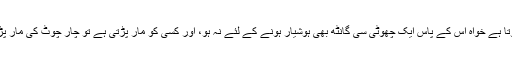
آدمی ہوشیار ہوتا ہے تو چاروں گانٹھ ہوشیار ہوتا ہے خواہ اس کے پاس ایک چھوٹی سی گانٹھ بھی ہوشیار ہونے کے لئے نہ ہو، اور کسی کو مار پڑتی ہے تو چار چوٹ کی مار پڑتی ہے یعنی چار چوٹیں لگائیں اور یہ جاوہ جا۔